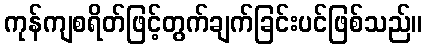
ကုန်ကျစရိတ်ဖြင့်တွက်ချက်ခြင်းပင်ဖြစ်သည်။